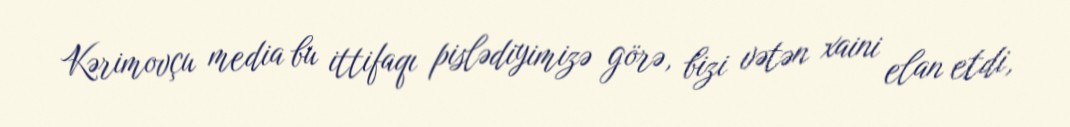
Kərimovçu media bu ittifaqı pislədiyimizə görə, bizi vətən xaini elan etdi,